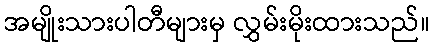
အမျိုးသားပါတီများမှ လွှမ်းမိုးထားသည်။